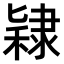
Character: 𫕙